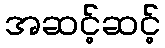
အဆင့်ဆင့်